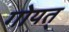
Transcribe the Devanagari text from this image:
गोयत्